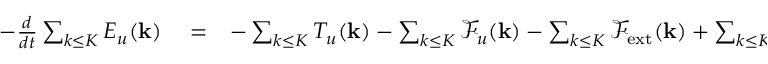
\begin{array} { r l r } { - \frac { d } { d t } \sum _ { k \le K } E _ { u } ( { \bf k } ) } & { { } = } & { - \sum _ { k \le K } T _ { u } ( { \bf k } ) - \sum _ { k \le K } \mathcal { F } _ { u } ( { \bf k } ) - \sum _ { k \le K } \mathcal { F } _ { \mathrm { e x t } } ( { \bf k } ) + \sum _ { k \le K } D _ { u } ( { \bf k } ) } \end{array}